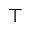
^ \top